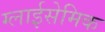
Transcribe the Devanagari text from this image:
ग्लाईसेमिक